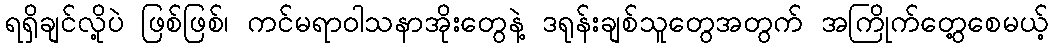
ရရှိချင်လို့ပဲ ဖြစ်ဖြစ်၊ ကင်မရာဝါသနာအိုးတွေနဲ့ ဒရုန်းချစ်သူတွေအတွက် အကြိုက်တွေ့စေမယ့်